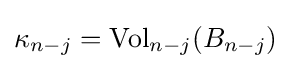
\kappa _{n-j}={\text{Vol}}_{n-j}(B_{n-j})